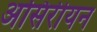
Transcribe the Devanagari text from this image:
असिरीयन